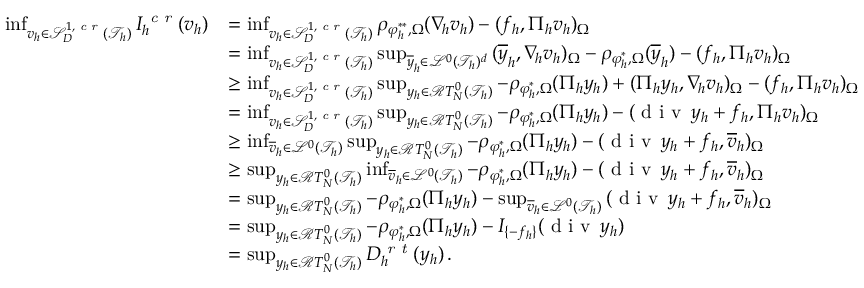
\begin{array} { r l } { \operatorname* { i n f } _ { v _ { h } \in \mathcal { S } _ { D } ^ { 1 , \textit { c r } } ( \mathcal { T } _ { h } ) } { I _ { h } ^ { \textit { c r } } ( v _ { h } ) } } & { = \operatorname* { i n f } _ { v _ { h } \in \mathcal { S } _ { D } ^ { 1 , \textit { c r } } ( \mathcal { T } _ { h } ) } { \rho _ { \varphi _ { h } ^ { * * } , \Omega } ( \nabla _ { \! h } v _ { h } ) - ( f _ { h } , \Pi _ { h } v _ { h } ) _ { \Omega } } } \\ & { = \operatorname* { i n f } _ { v _ { h } \in \mathcal { S } _ { D } ^ { 1 , \textit { c r } } ( \mathcal { T } _ { h } ) } { \operatorname* { s u p } _ { \overline { { y } } _ { h } \in \mathcal { L } ^ { 0 } ( \mathcal { T } _ { h } ) ^ { d } } { ( \overline { { y } } _ { h } , \nabla _ { \! h } v _ { h } ) _ { \Omega } - \rho _ { \varphi _ { h } ^ { * } , \Omega } ( \overline { { y } } _ { h } ) - ( f _ { h } , \Pi _ { h } v _ { h } ) _ { \Omega } } } } \\ & { \ge \operatorname* { i n f } _ { v _ { h } \in \mathcal { S } _ { D } ^ { 1 , \textit { c r } } ( \mathcal { T } _ { h } ) } { \operatorname* { s u p } _ { y _ { h } \in \mathcal { R } T _ { N } ^ { 0 } ( \mathcal { T } _ { h } ) } { - \rho _ { \varphi _ { h } ^ { * } , \Omega } ( \Pi _ { h } y _ { h } ) + ( \Pi _ { h } y _ { h } , \nabla _ { \! h } v _ { h } ) _ { \Omega } - ( f _ { h } , \Pi _ { h } v _ { h } ) _ { \Omega } } } } \\ & { = \operatorname* { i n f } _ { v _ { h } \in \mathcal { S } _ { D } ^ { 1 , \textit { c r } } ( \mathcal { T } _ { h } ) } { \operatorname* { s u p } _ { y _ { h } \in \mathcal { R } T _ { N } ^ { 0 } ( \mathcal { T } _ { h } ) } { - \rho _ { \varphi _ { h } ^ { * } , \Omega } ( \Pi _ { h } y _ { h } ) - ( \textup { d i v } \, y _ { h } + f _ { h } , \Pi _ { h } v _ { h } ) _ { \Omega } } } } \\ & { \ge \operatorname* { i n f } _ { \overline { { v } } _ { h } \in \mathcal { L } ^ { 0 } ( \mathcal { T } _ { h } ) } { \operatorname* { s u p } _ { y _ { h } \in \mathcal { R } T _ { N } ^ { 0 } ( \mathcal { T } _ { h } ) } { - \rho _ { \varphi _ { h } ^ { * } , \Omega } ( \Pi _ { h } y _ { h } ) - ( \textup { d i v } \, y _ { h } + f _ { h } , \overline { { v } } _ { h } ) _ { \Omega } } } } \\ & { \ge \operatorname* { s u p } _ { y _ { h } \in \mathcal { R } T _ { N } ^ { 0 } ( \mathcal { T } _ { h } ) } { \operatorname* { i n f } _ { \overline { { v } } _ { h } \in \mathcal { L } ^ { 0 } ( \mathcal { T } _ { h } ) } { - \rho _ { \varphi _ { h } ^ { * } , \Omega } ( \Pi _ { h } y _ { h } ) - ( \textup { d i v } \, y _ { h } + f _ { h } , \overline { { v } } _ { h } ) _ { \Omega } } } } \\ & { = \operatorname* { s u p } _ { y _ { h } \in \mathcal { R } T _ { N } ^ { 0 } ( \mathcal { T } _ { h } ) } { - \rho _ { \varphi _ { h } ^ { * } , \Omega } ( \Pi _ { h } y _ { h } ) - \operatorname* { s u p } _ { \overline { { v } } _ { h } \in \mathcal { L } ^ { 0 } ( \mathcal { T } _ { h } ) } { ( \textup { d i v } \, y _ { h } + f _ { h } , \overline { { v } } _ { h } ) _ { \Omega } } } } \\ & { = \operatorname* { s u p } _ { y _ { h } \in \mathcal { R } T _ { N } ^ { 0 } ( \mathcal { T } _ { h } ) } { - \rho _ { \varphi _ { h } ^ { * } , \Omega } ( \Pi _ { h } y _ { h } ) - I _ { \{ - f _ { h } \} } ( \textup { d i v } \, y _ { h } ) } } \\ & { = \operatorname* { s u p } _ { y _ { h } \in \mathcal { R } T _ { N } ^ { 0 } ( \mathcal { T } _ { h } ) } { D _ { h } ^ { \textit { r t } } ( y _ { h } ) } \, . } \end{array}